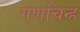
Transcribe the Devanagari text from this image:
गणचिन्ह